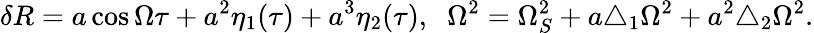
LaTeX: \delta R=a\cos\Omega\tau+a^{2}\eta_{1}(\tau)+a^{3}\eta_{2}(\tau),\; \; \Omega^{2}=\Omega_{S}^{2}+a\triangle_{1}\Omega^{2}+a^{2}\triangle_{2}\Omega^{2}.